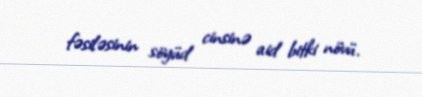
fəsiləsinin söyüd cinsinə aid bitki növü.